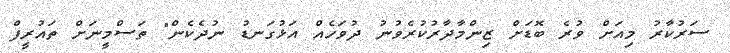
ސަރުކާރު މިއަށް ވުރެ ބޮޑަށް ޒިންމާދާރުކުރެވުނު ދުވަހެއް އަޅުގަނޑު ނުދެކެން" ތަސްމީނަށް ތައުރީފް